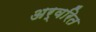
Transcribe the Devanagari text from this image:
अर्वरित